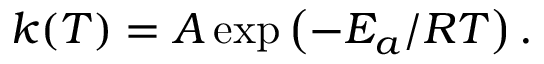
k ( T ) = A \exp \left( - E _ { a } / R T \right) .